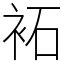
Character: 袥